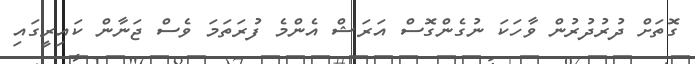
ގޮތަށް ދުރުދުރުން ވާހަކަ ނުގެންގޮސް އަރަޝް އެންމެ ފުރަތަމަ ވެސް ޖަނާން ކައިރީގައި